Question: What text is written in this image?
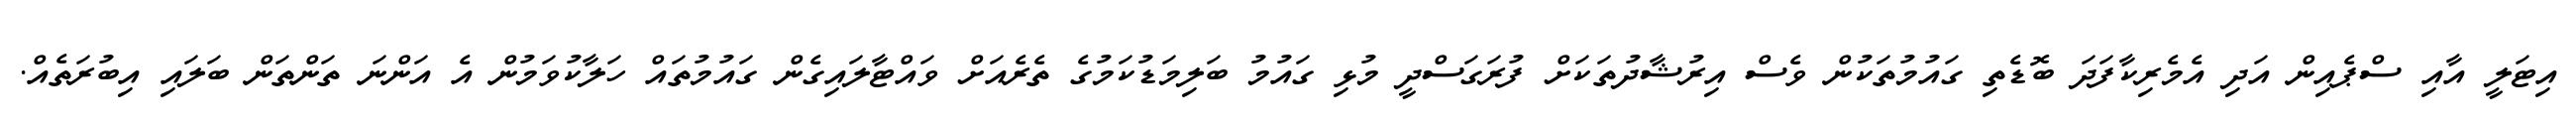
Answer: އިޓަލީ އާއި ސްޕެއިން އަދި އެމެރިކާފަދަ ބޮޑެތި ގައުމުތަކުން ވެސް އިރުޝާދުތަކަށް ފުރަގަސްދީ މުޅި ގައުމު ބަލިމަޑުކަމުގެ ތެރެއަށް ވައްޓާލައިގެން ގައުމުތައް ހަލާކުވަމުން އެ އަންނަ ތަންތަން ބަލައި އިބުރަތެއް.